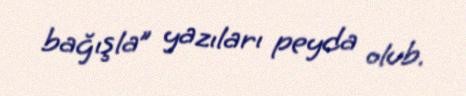
bağışla” yazıları peyda olub.